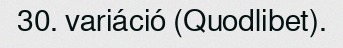
30. variáció (Quodlibet).